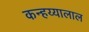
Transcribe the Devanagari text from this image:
कन्हय्यालाल